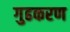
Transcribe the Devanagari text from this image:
गुढकरण